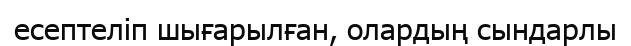
есептеліп шығарылған, олардың сындарлы